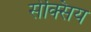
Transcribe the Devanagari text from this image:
सेक्सिय